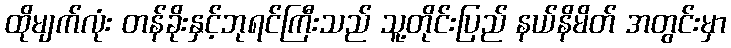
ထိုမျက်လုံး တန်ခိုးနှင့်ဘုရင်ကြီးသည် သူ့တိုင်းပြည် နယ်နိမိတ် အတွင်းမှာ